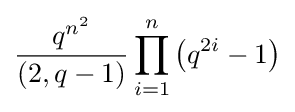
{\frac {q^{n^{2}}}{(2,q-1)}}\prod _{i=1}^{n}\left(q^{2i}-1\right)